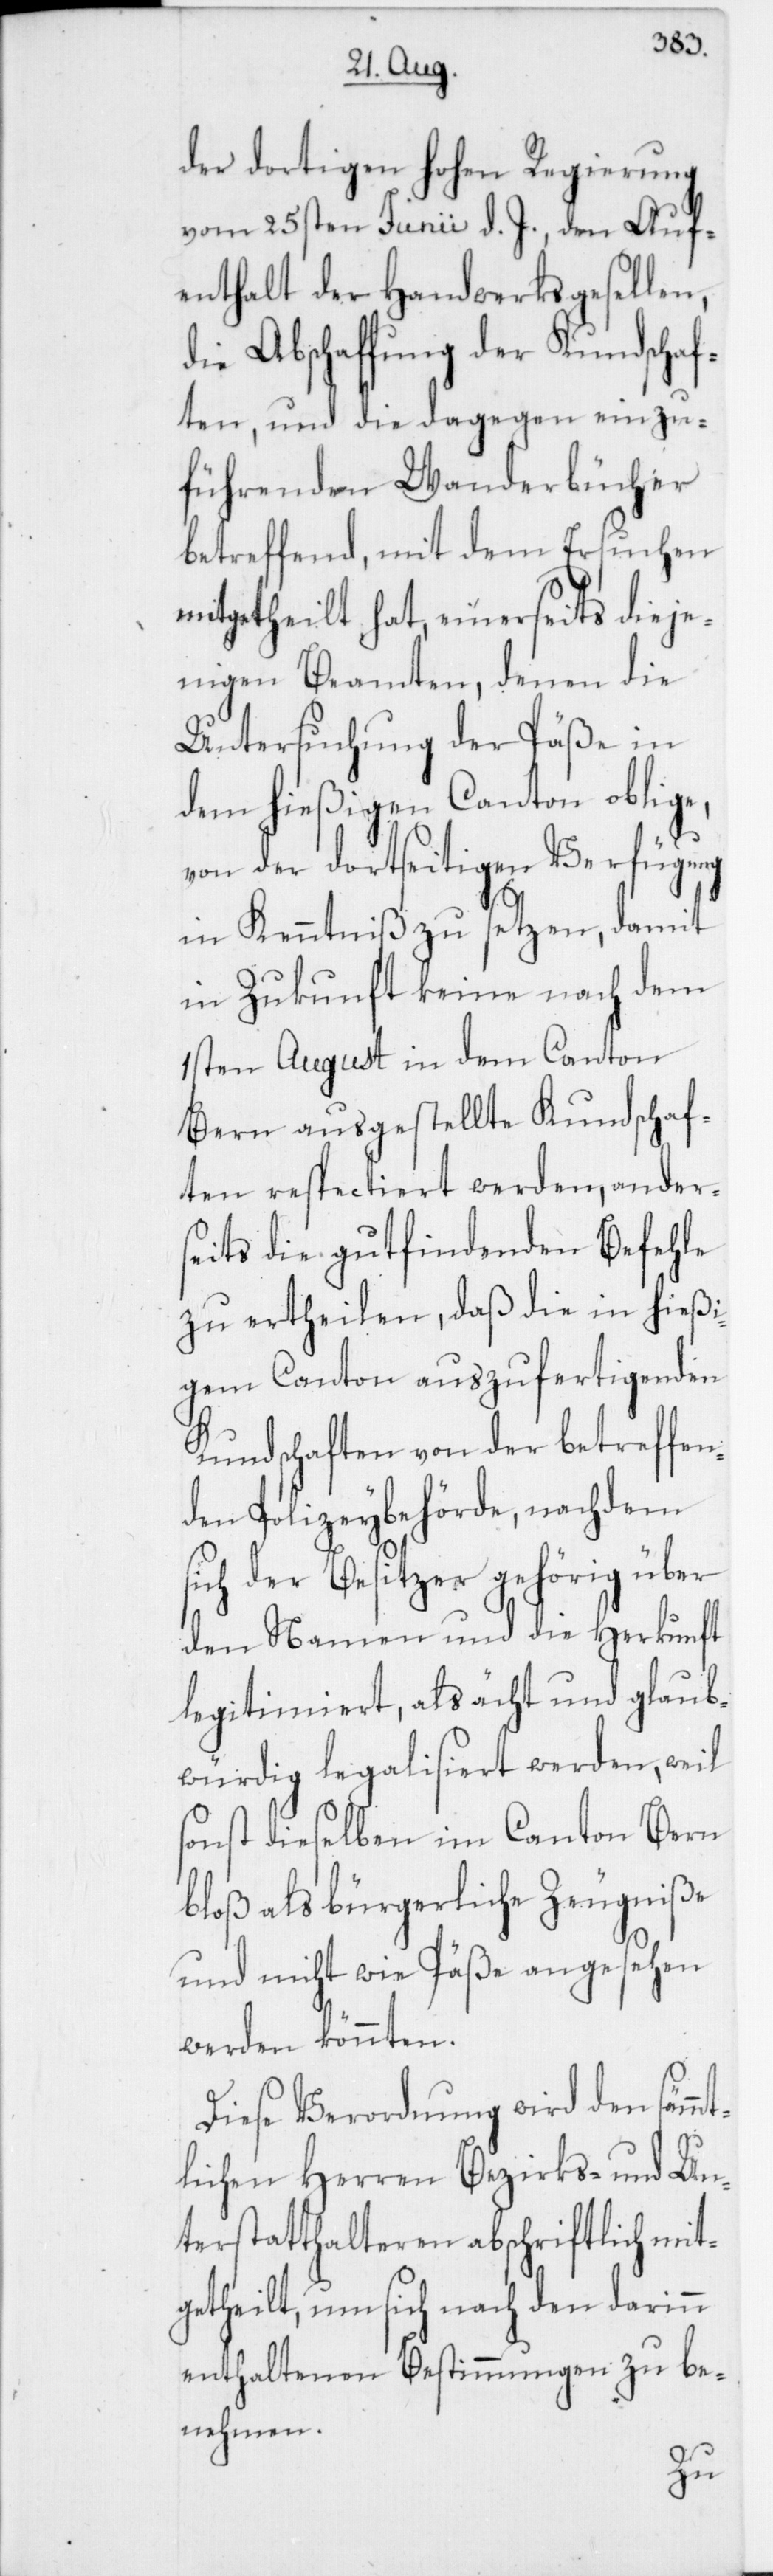
der dortigen hohen Regierung
vom 25sten Junii d. J., den Auf¬
enthalt der Handwerksgesellen,
die Abschaffung der Kundschaf¬
ten, und die dagegen einzu¬
führenden Wanderbücher
betreffend, mit dem Ersuchen
mitgetheilt hat, einerseits dieje¬
nigen Beamten, denen die
Untersuchung der Päße in
dem hießigen Canton oblige,
von der dortseitigen Verfügung
in Kenntniß zu setzen, damit
in Zukunft keine nach dem
1sten August in dem Canton
Bern ausgestellte Kundschaf¬
ten respectiert werden, anders¬
eits die gutfindenden Befehle
zu ertheilen, daß die in hießi¬
gem Canton auszufertigenden
Kundschaften von der betreffen¬
den Polizeybehörde, nachdem
sich der Besitzer gehörig über
den Namen und die Herkunft
legitimiert, als ächt und glaub¬
würdig legalisiert werden, weil
onst dieselben im Canton Bern
bloß als bürgerliche Zeugniße
und nicht wie Päße angesehen
werden könnten.
Diese Verordnung wird den sämmt¬
lichen Herren Bezirks- und Un¬
terstatthalteren abschriftlich mit¬
getheilt, um sich nach den darinn
enthaltenen Bestimmungen zu be¬
nehmen.
s¬